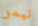
نيمو